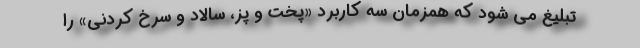
تبلیغ می شود که همزمان سه کاربرد «پخت و پز، سالاد و سرخ کردنی» را